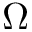
\Omega